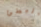
البطئ